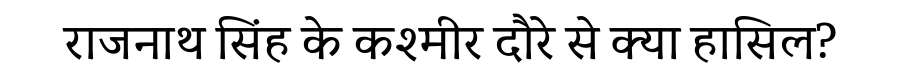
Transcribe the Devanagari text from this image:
राजनाथ सिंह के कश्मीर दौरे से क्या हासिल?